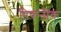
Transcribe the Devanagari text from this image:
पिकनीक